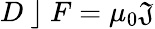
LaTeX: D~\rfloor~F=\mu_{0}\mathfrak{J}